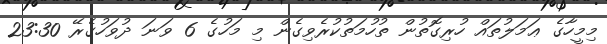
މިމީހާގެ ޢަމަލުތައް ހުރިގޮތުން ތުހުމަތުކުރެވިގެން މި މަހުގެ 6 ވަނަ ދުވަހުގެރޭ 23:30